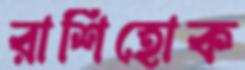
রাশিহোক